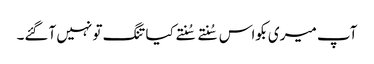
آپ میری بکواس سُنتے سُنتے کیا تنگ تو نہیں آگئے۔